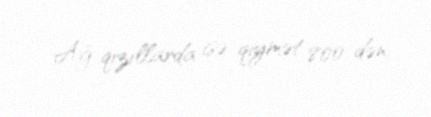
Ağ qızıllarda isə qiymət 800-dən.